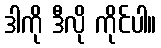
ဒါကို ဒီလို ကိုင်ပါ။